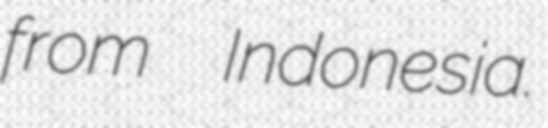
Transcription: from  Indonesia.